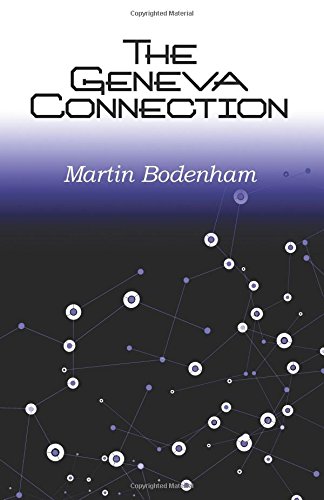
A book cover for The Geneva Connection; Martin Bodenham; Mystery, Thriller & Suspense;